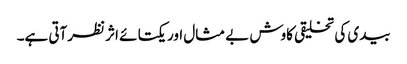
بیدی کی تخلیقی کاوش بے مثال اور یکتا ئے اثر نظرآتی ہے۔